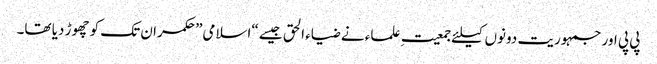
پی پی اور جمہوریت دونوں کیلئے جمعیتِ علماء نے ضیاء الحق جیسے “اسلامی” حکمران تک کو چھوڑ دیا تھا۔